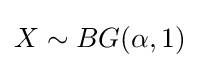
X\sim BG(\alpha ,1)